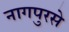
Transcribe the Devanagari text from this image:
नागपुरसे